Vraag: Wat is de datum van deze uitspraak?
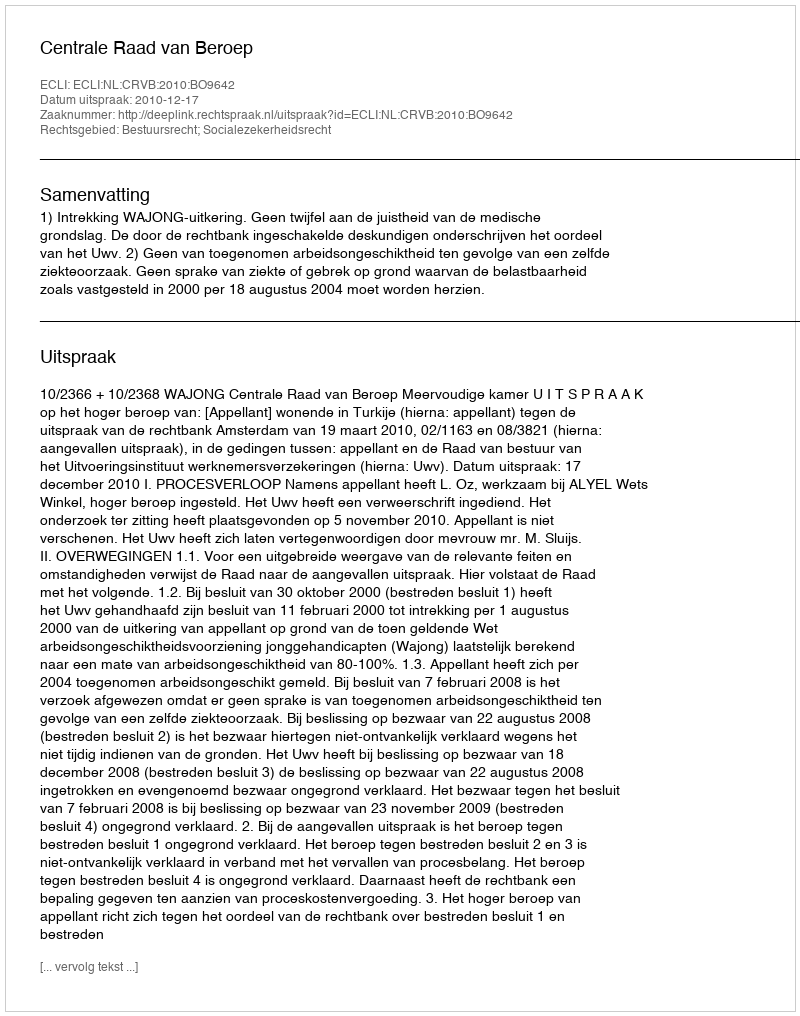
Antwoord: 2010-12-17